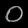
Digit: ၀